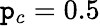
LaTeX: \mathtt{p}_{c}=0.5